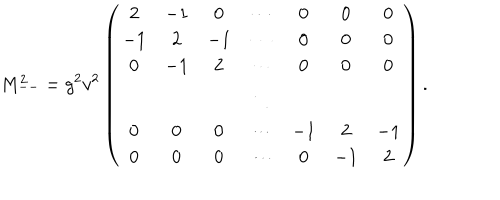
M _ { -- } ^ { 2 } = g ^ { 2 } v ^ { 2 } \left( \begin{array} { c c c c c c c } { { 2 } } & { { - 1 } } & { { 0 } } & { { \cdots } } & { { 0 } } & { { 0 } } & { { 0 } } \\ { { - 1 } } & { { 2 } } & { { - 1 } } & { { \cdots } } & { { 0 } } & { { 0 } } & { { 0 } } \\ { { 0 } } & { { - 1 } } & { { 2 } } & { { \cdots } } & { { 0 } } & { { 0 } } & { { 0 } } \\ { { } } & { { } } & { { } } & { { \ddots } } & { { } } & { { } } & { { } } \\ { { 0 } } & { { 0 } } & { { 0 } } & { { \cdots } } & { { - 1 } } & { { 2 } } & { { - 1 } } \\ { { 0 } } & { { 0 } } & { { 0 } } & { { \cdots } } & { { 0 } } & { { - 1 } } & { { 2 } } \\ \end{array} \right) .